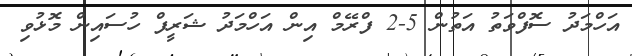
އަހްމަދު ސޮފްވަތު އަތުން 5-2 ފްރޭމް އިން އަހްމަދު ޝަރީފް ހުސައިން މޮޅުވި